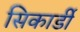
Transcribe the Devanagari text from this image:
सिकार्डी